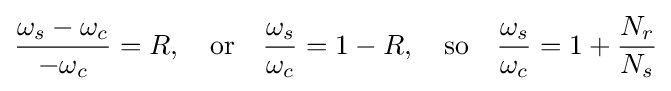
{\frac {\omega _{s}-\omega _{c}}{-\omega _{c}}}=R,\quad {\mbox{or}}\quad {\frac {\omega _{s}}{\omega _{c}}}=1-R,\quad {\mbox{so}}\quad {\frac {\omega _{s}}{\omega _{c}}}=1+{\frac {N_{r}}{N_{s}}}